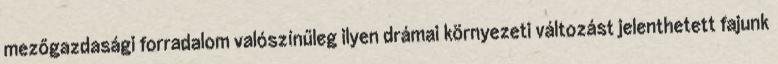
mezőgazdasági forradalom valószínűleg ilyen drámai környezeti változást jelenthetett fajunk